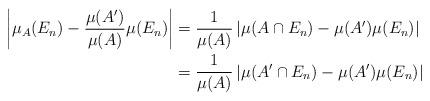
LaTeX: \begin{align*}\left|\mu_A(E_n)-\frac{\mu(A')}{\mu(A)}\mu(E_n)\right|&=\frac1{\mu(A)}\left|\mu(A\cap E_n)-\mu(A')\mu(E_n)\right|\\&=\frac1{\mu(A)}\left|\mu(A'\cap E_n)-\mu(A')\mu(E_n)\right|\end{align*}